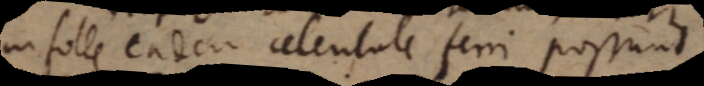
in folle eadem celeritate ferri possunt